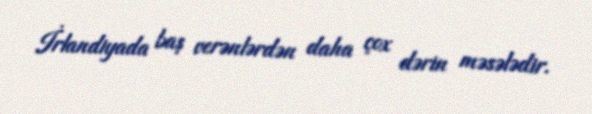
İrlandiyada baş verənlərdən daha çox dərin məsələdir.